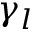
\gamma _ { l }